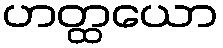
ဟတ္ထယော